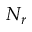
N _ { r }